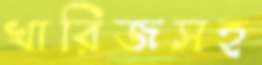
খারিজসহ